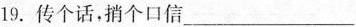
19.传个话，捎个口信___